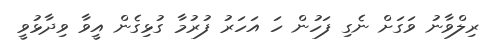
ރިލްވާނު ވަގަށް ނެގި ފަހުން ހަ އަހަރު ފުރުމާ ގުޅިގެން އީވާ ވިދާޅުވީ